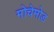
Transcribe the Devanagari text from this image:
मोचेमोड